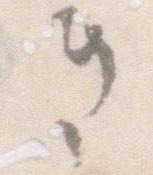
き